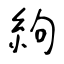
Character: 絇